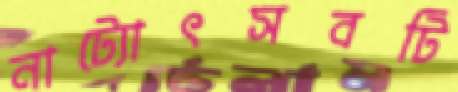
নাট্যোৎসবটি